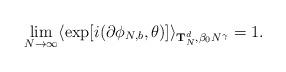
LaTeX: \begin{align*}\lim_{N \rightarrow \infty } \langle \exp [i(\partial \phi_{N,b} ,\theta )]\rangle_{{\bf T}_{N}^{d},\beta_{0} N^{\gamma }} = 1.\end{align*}